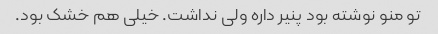
تو منو نوشته بود پنیر داره ولی نداشت. خیلی هم خشک بود.